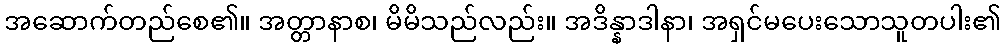
အဆောက်တည်စေ၏။ အတ္တာနာစ၊ မိမိသည်လည်း။ အဒိန္နာဒါနာ၊ အရှင်မပေးသောသူတပါး၏